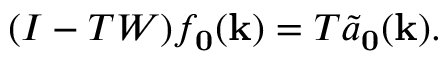
( I - T W ) f _ { \mathbf { 0 } } ( \mathbf { k } ) = T \Tilde { a } _ { \mathbf { 0 } } ( \mathbf { k } ) .